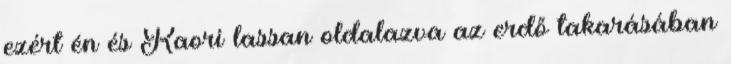
ezért én és Kaori lassan oldalazva az erdő takarásában